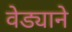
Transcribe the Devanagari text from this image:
वेड्याने